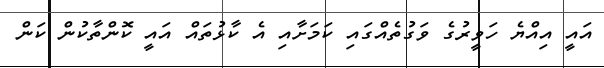
އައީ އިއްޔެ ހަވީރުގެ ވަގުތެއްގައި ކަމަށާއި އެ ކާޅުތައް އައީ ކޮންތާކުން ކަން